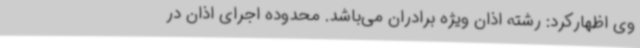
وی اظهارکرد: رشته اذان ویژه برادران می‌باشد. محدوده اجرای اذان در